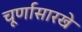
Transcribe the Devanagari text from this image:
चूर्णासारखे